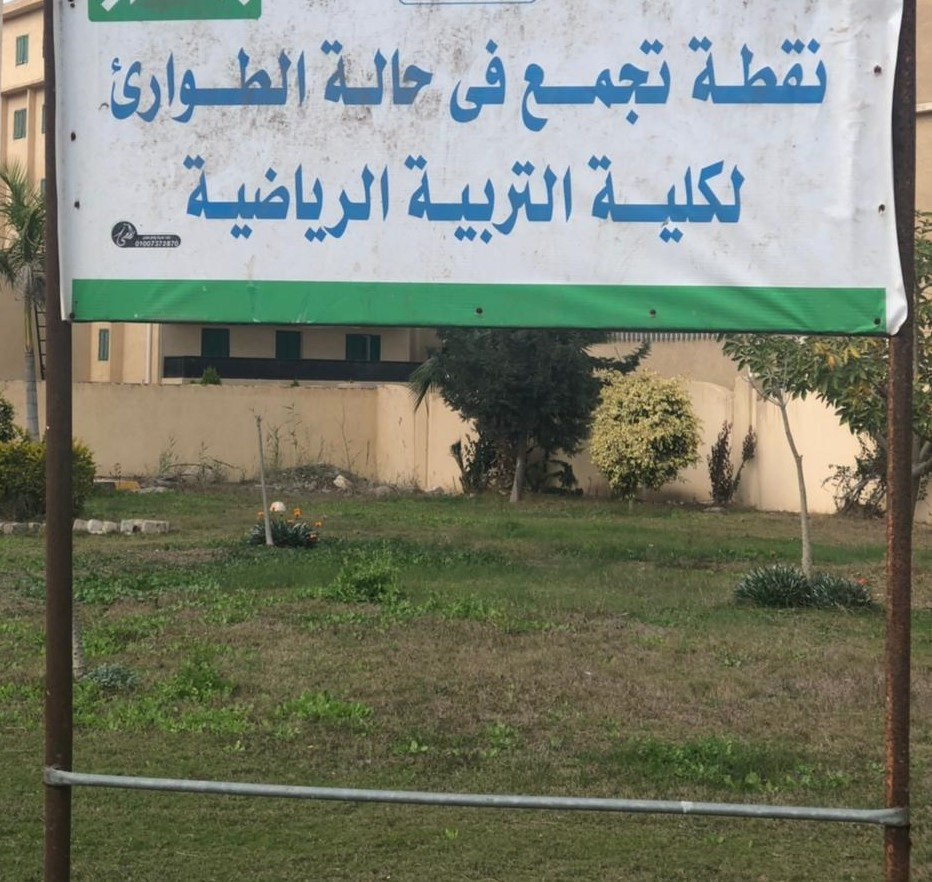
Text in image: حالة نقطة فى تجمع الطوارئ لكلية الرياضية التربية